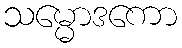
သမ္မောဒကော